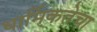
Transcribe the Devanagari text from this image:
धार्मिकतेचा